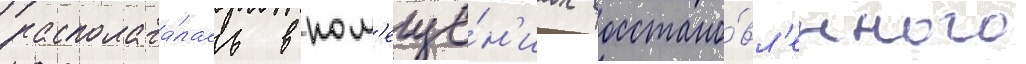
располага́лась в пом'еще́н'иах восстано́вл'енного